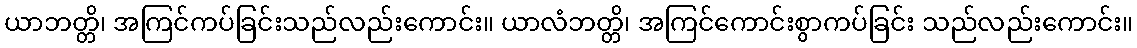
ယာဘတ္တိ၊ အကြင်ကပ်ခြင်းသည်လည်းကောင်း။ ယာလံဘတ္တိ၊ အကြင်ကောင်းစွာကပ်ခြင်း သည်လည်းကောင်း။